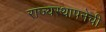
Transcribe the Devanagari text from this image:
राज्यस्थापनेची